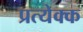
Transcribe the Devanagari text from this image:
प्रत्येक्क